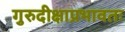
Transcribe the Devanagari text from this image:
गुरुदीक्षाप्रभावतः